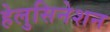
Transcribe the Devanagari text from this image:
हेलुसिनेशन